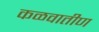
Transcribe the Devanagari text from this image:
कळवातीण